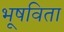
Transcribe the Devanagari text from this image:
भूषविता